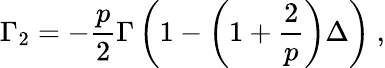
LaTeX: \Gamma_{2}=-\frac{p}{2}\Gamma\left(1-\left(1+\frac{2}{p}\right)\Delta\right)\ ,